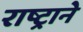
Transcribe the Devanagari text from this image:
राष्ट्रानेे